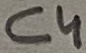
Text: C4